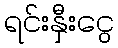
ရင်းနှီးငွေ